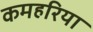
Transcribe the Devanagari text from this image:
कमहरिया